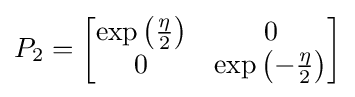
P_{2}={\begin{bmatrix}\exp \left({\frac {\eta }{2}}\right)&0\\0&\exp \left(-{\frac {\eta }{2}}\right)\end{bmatrix}}